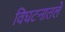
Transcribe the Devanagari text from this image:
विघटनातले